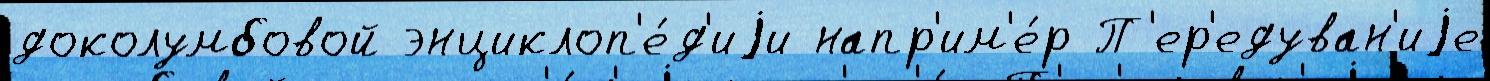
доколумбовой энциклоп'е́д'иjи напр'им'е́р П'ер'едуван'иjе